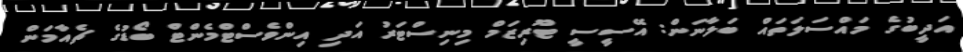
އަދީބުގެ މައްސަލަތައް ބަލާނަން: އޭސީސީ ޓޫރިޒަމް މިނިސްޓަރު އަދި އިންވެސްޓްމެންޓް ބޯޑުގެ ޗެއާމަން